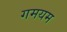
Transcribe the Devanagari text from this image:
गमयम